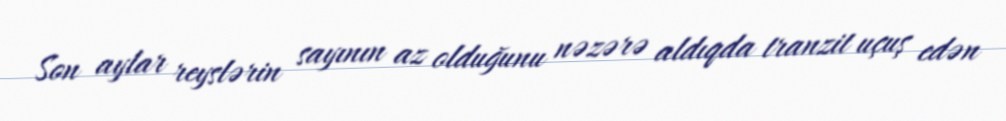
Son aylar reyslərin sayının az olduğunu nəzərə aldıqda tranzit uçuş edən